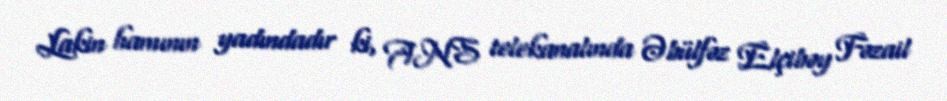
Lakin hamının yadındadır ki, ANS telekanalında Əbülfəz Elçibəy Fəzail